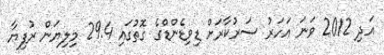
އަދި 2012 ވަނަ އަހަރު ސަރުކާރަށް ޑިވިޑެންޑްގެ ގޮތުގައި 29.4 މިލިޔަން ރުފިޔާ